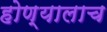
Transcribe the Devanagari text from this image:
होण्यालाच